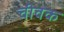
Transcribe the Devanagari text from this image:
चीवक